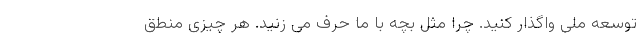
توسعه ملی واگذار کنید. چرا مثل بچه با ما حرف می زنید. هر چیزی منطق